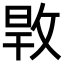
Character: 𢽎